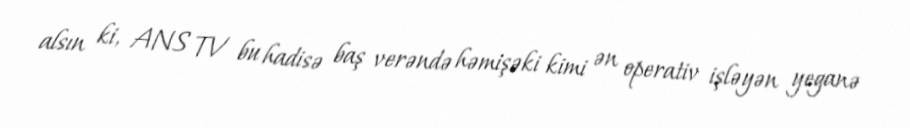
alsın ki, ANS TV bu hadisə baş verəndə həmişəki kimi ən operativ işləyən yeganə